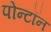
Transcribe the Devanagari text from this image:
पोन्टॉन